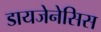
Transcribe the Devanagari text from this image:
डायजेनेसिस